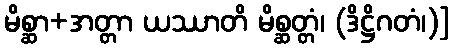
မိစ္ဆာ+အတ္တာ ယဿာတိ မိစ္ဆတ္တံ၊ (ဒိဋ္ဌိဂတံ၊)]